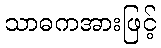
သာဓကအားဖြင့်